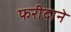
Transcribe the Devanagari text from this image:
फरीदाने